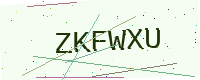
Text: ZKFWXU